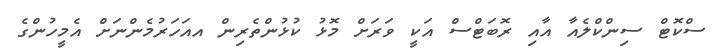
ސްކޮޓް ސިންކްލެއާ އާއި ރޮބަޓްސް އަކީ ވަރަށް މޮޅު ކުޅުންތެރިން އއަހަރުމެންނަށް އެމީހުންގެ